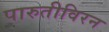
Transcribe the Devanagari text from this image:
पारुतीविरन